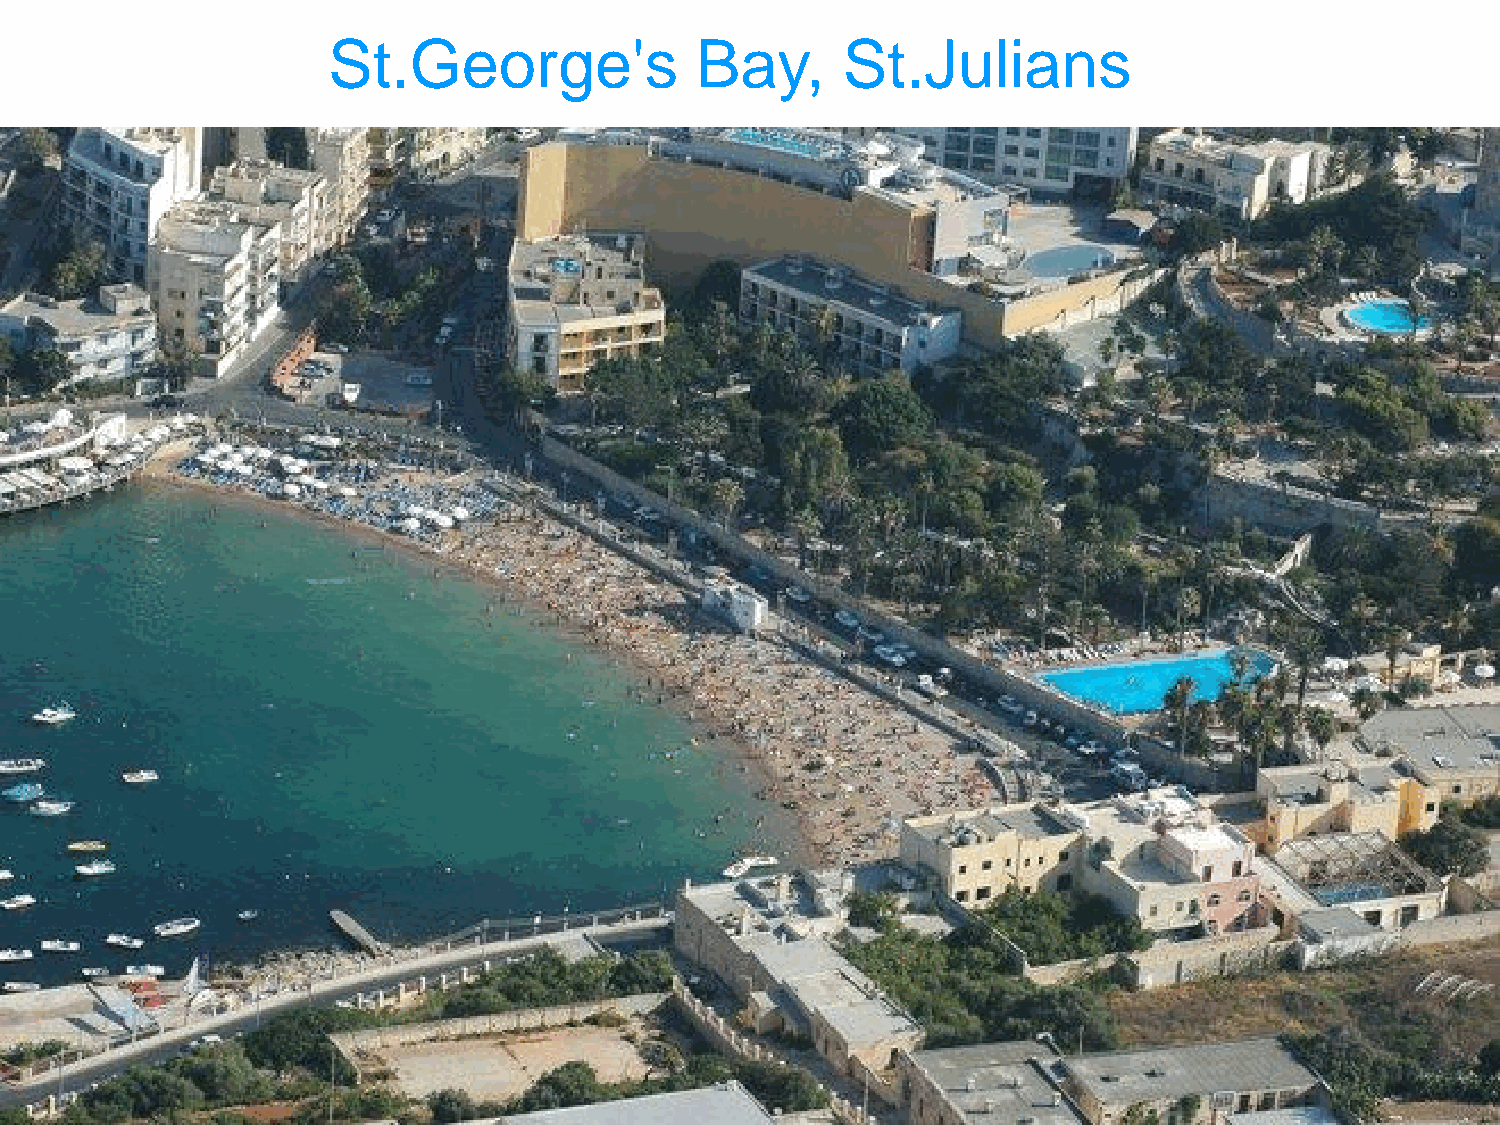
St.George's             Bay,      St.Julians